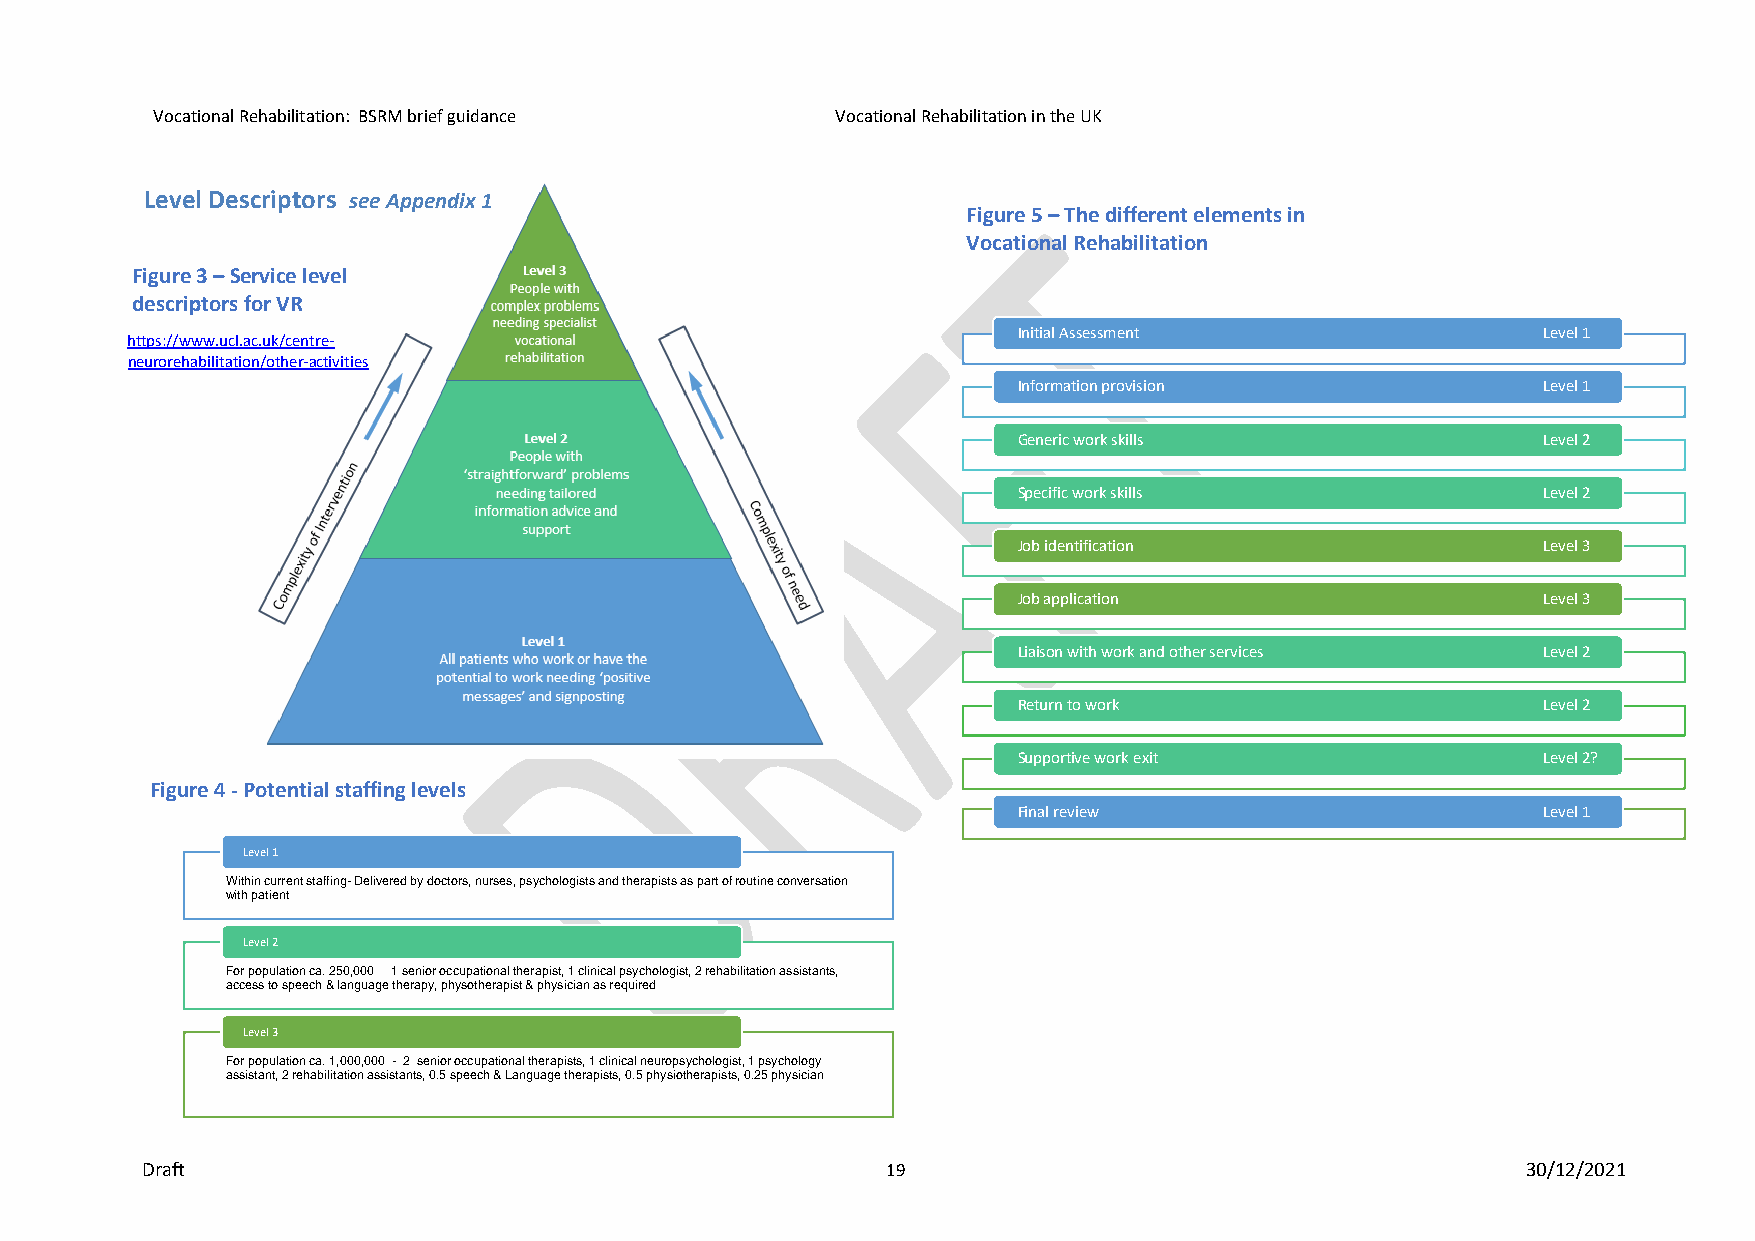
Vocational Rehabilitation: BSRM brief guidance Vocational Rehabilitation in the UK
 Level Descriptors see Appendix 1
 Figure 5 – The different elements in
 Vocational Rehabilitation
 Figure 3 – Service level
 descriptors for VR
 Initial Assessment                 Level 1
 https://www.ucl.ac.uk/centre-
 neurorehabilitation/other-activities
 Information provision              Level 1
 Generic work skills                Level 2
 Specific work skills               Level 2
 Job identification                 Level 3
 Job application                    Level 3
 Liaison with work and other services Level 2
 Return to work                     Level 2
 Supportive work exit               Level 2?
 Figure 4 - Potential staffing levels
 Final review                       Level 1
 Level 1
 Within current staffing-Delivered by doctors, nurses, psychologists and therapists as part of routine conversation
 with patient
 Level 2
 For population ca. 250,000 1 senior occupational therapist, 1 clinical psychologist, 2 rehabilitation assistants,
 access to speech & language therapy, physotherapist & physician as required
 Level 3
 For population ca. 1,000,000 - 2 senior occupational therapists, 1 clinical neuropsychologist, 1 psychology
 assistant, 2 rehabilitation assistants, 0.5 speech & Language therapists, 0.5 physiotherapists, 0.25 physician
 Draft                                             19                                        30/12/2021